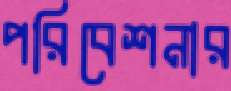
পরিবেশনার